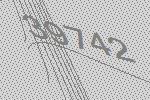
39742